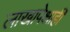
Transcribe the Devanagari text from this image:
लाखापेक्षाही